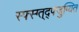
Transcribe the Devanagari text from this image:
स्फ्स्ग्त्द्फ्जुग्यित